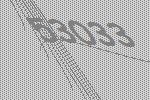
53033